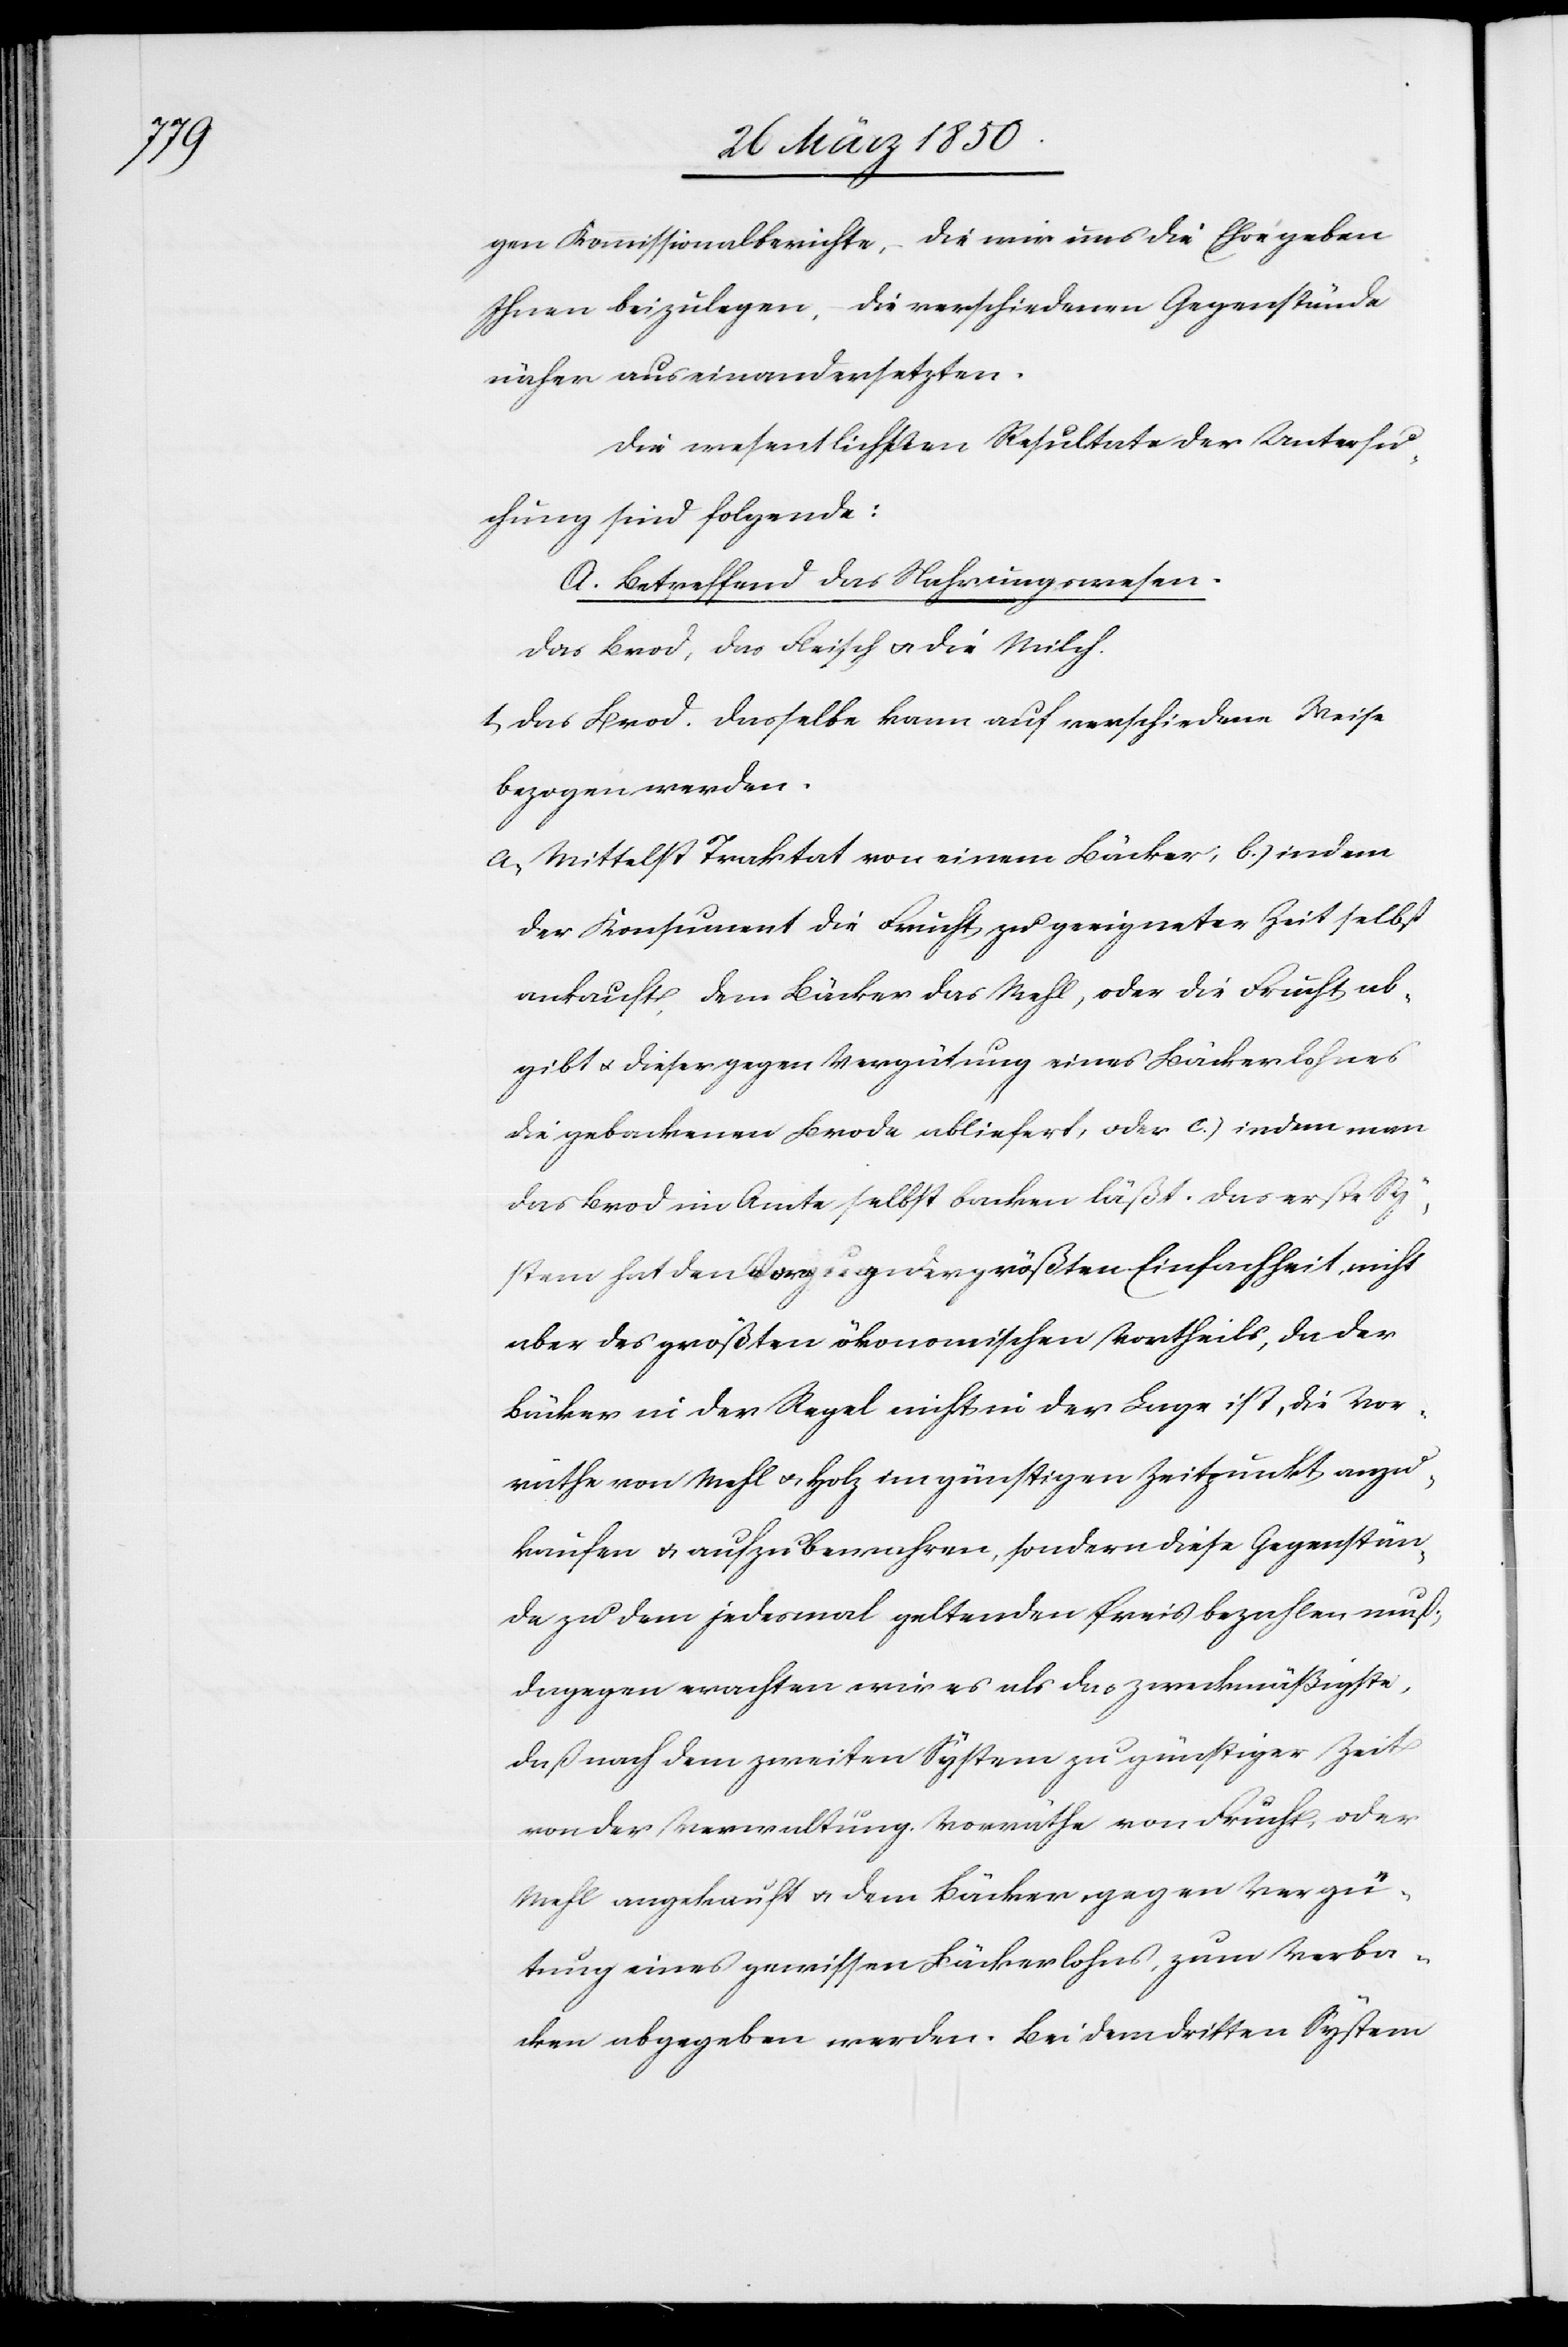
[si]g¬

en Kommissionalberichte, die wir uns die Ehre geben
Ihnen beizulegen, die verschiedenen Gegenstände
näher auseinandersetzen.
Die wesentlichen Resultate der Untersu¬
chung sind folgende:
A. Betreffend das Nahrungswesen.
Das Brod, das Fleisch u. die Milch.
1 Das Brod. Dasselbe kann auf verschiedene Weise
bezogen werden.
a Mittelst Traktat von einem Bäcker; b.) indem
der Konsument die Frucht zu geeigneter Zeit selbst
ankauft, dem Bäcker das Mehl, oder die Frucht ab¬
gibt u. dieser gegen Vergütung eines Bäckerlohnes
die gebackenen Brode abliefert, oder c.) indem man
das Brod im Amte selbst backen läßt. Das erste Sy¬
stem hat den Vorzug der größten Einfachheit, nicht
aber des größten ökonomischen Vortheils, da der
Bäcker in der Regel nicht in der Lage ist, die Vor¬
räthe von Mehl u. Holz im günstigen Zeitpunkt anzu¬
kaufen u. aufzubewahren, sondern diese Gegenstän¬
de zu dem jedesmal geltenden Preis bezahlen muß;
dagegen erachten wir es als das zweckmäßigste,
daß nach dem zweiten System zu günstiger Zeit
von der Verwaltung Vorräthe von Frucht, oder
Mehl angekauft u. dem Bäcker gegen Vergü¬
tung eines gewissen Bäckerlohns, zum Verba¬
cken abgegeben werden. Bei dem dritten System